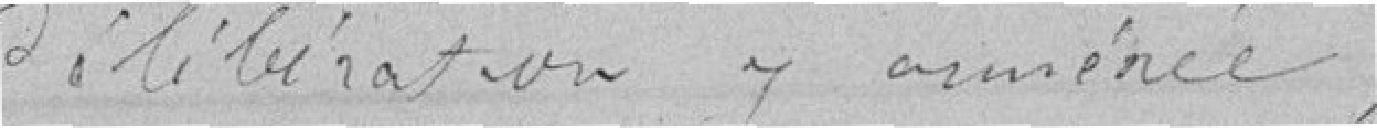
Délibération y annexée.